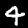
Label: 4